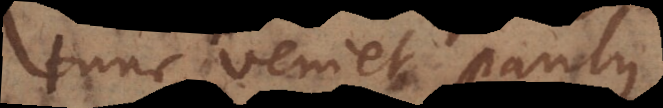
tunc veniet Paulus,